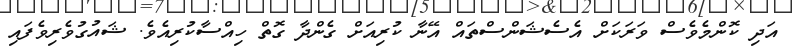
އަދި ކޮންމެވެސް ވަރަކަށް އެސެޝަންސްތައް އޭނާ ކުރިއަށް ގެންދާ ގޮތް ހިއްސާކުރިއެވެ. ޝައުގުވެރިވެފައި